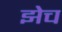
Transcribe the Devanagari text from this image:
झेच